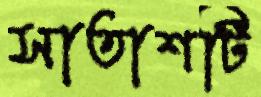
সাতাশটি